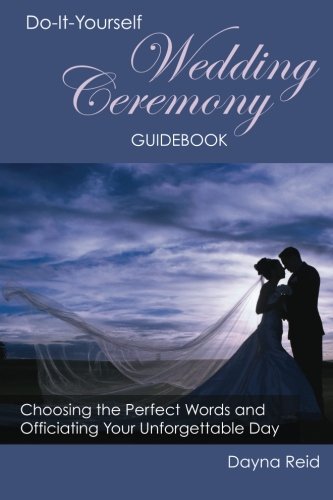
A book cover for Do-It-Yourself Wedding Ceremony Guidebook: Choosing the Perfect Words and Officiating Your Unforgettable Day; Dayna Reid; Crafts, Hobbies & Home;